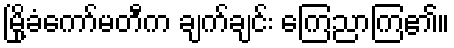
မြို့ခံကော်မတီက ချက်ချင်း ကြေညာကြ၏။